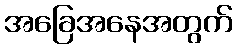
အခြေအနေအတွက်